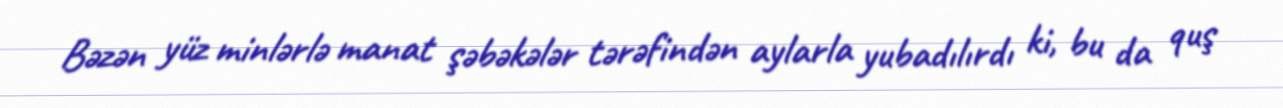
Bəzən yüz minlərlə manat şəbəkələr tərəfindən aylarla yubadılırdı ki, bu da quş